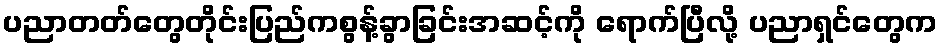
ပညာတတ်တွေတိုင်းပြည်ကစွန့်ခွာခြင်းအဆင့်ကို ရောက်ပြီလို့ ပညာရှင်တွေက